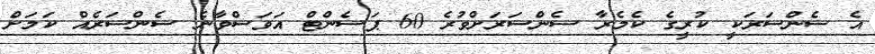
އެ ސެންސަރަކީ ކުރީގެ ކެމެރާ ސެންސަރަށްވުރެ 60 ޕަސެންޓް އަވަސްވާނެ ސެންސަރެއް ކަމަށް